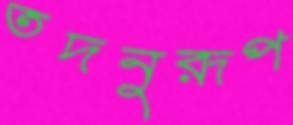
তদনুরূপ